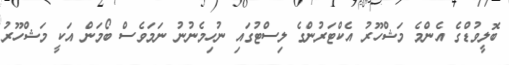
ބޮލީވުޑްގެ އެންމެ މަޝްހޫރު އެކްޓަރުންގެ ލިސްޓުގައި ނުހިމެނުނު ނަމަވެސް ބޯމަން އަކީ މަޝްހޫރު